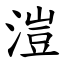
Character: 溰